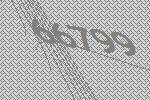
66799